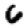
Digit: 6